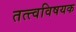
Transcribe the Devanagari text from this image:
तत्त्वविषयक